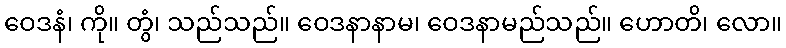
ဝေဒနံ၊ ကို။ တွံ၊ သည်သည်။ ဝေဒနာနာမ၊ ဝေဒနာမည်သည်။ ဟောတိ၊ လော။